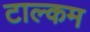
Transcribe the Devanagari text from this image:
टाल्कम